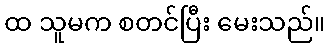
ထ သူမက စတင်ပြီး မေးသည်။